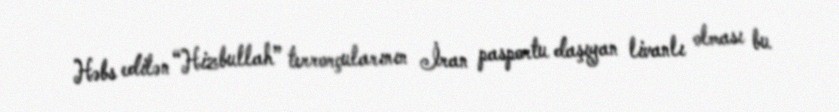
Həbs edilən “Hizbullah” terrorçularının İran pasportu daşıyan livanlı olması bu